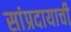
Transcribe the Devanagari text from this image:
सांप्रदायाची